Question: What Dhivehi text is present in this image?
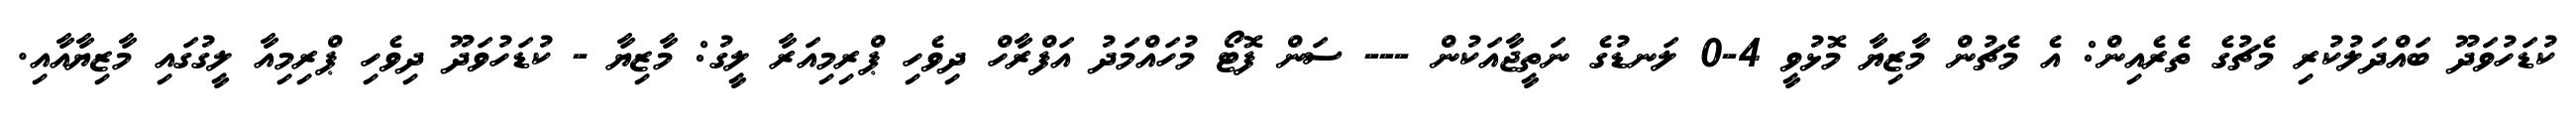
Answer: ކުޑަހުވަދޫ ބައްދަލުކުރި މެޗުގެ ތެރެއިން: އެ މެޗުން މާޒިޔާ މޮޅުވީ 4-0 ލަނޑުގެ ނަތީޖާއަކުން --- ސަން ފޮޓޯ މުހައްމަދު އަފްރާހް ދިވެހި ޕްރިމިއަރާ ލީގު: މާޒިޔާ - ކުޑަހުވަދޫ ދިވެހި ޕްރިމިއާ ލީގުގައި މާޒިޔާއާއި.